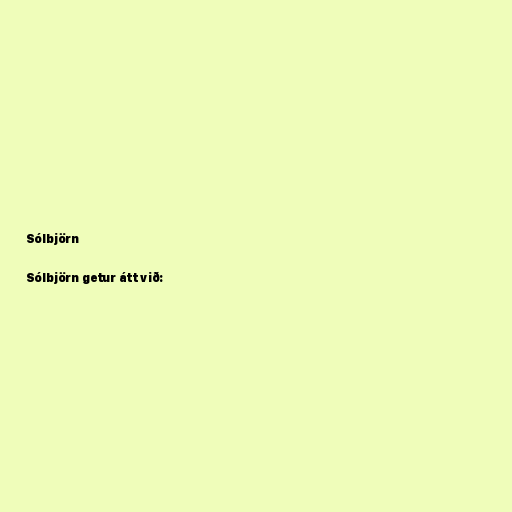
Sólbjörn

Sólbjörn getur átt við: